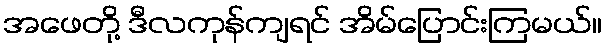
အဖေတို့ ဒီလကုန်ကျရင် အိမ်ပြောင်းကြမယ်။